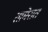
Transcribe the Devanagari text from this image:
तामेरात